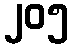
၂၀၅